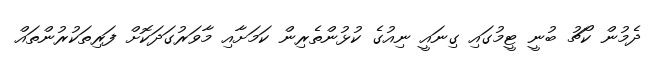
ދެމުން ކޯޗު ބުނީ ޓީމުގައި ގިނައީ ނިއުގެ ކުޅުންތެރިން ކަމަށާއި މާވަރުގަދަކޮށް ފަރިތަކުރުންތައް